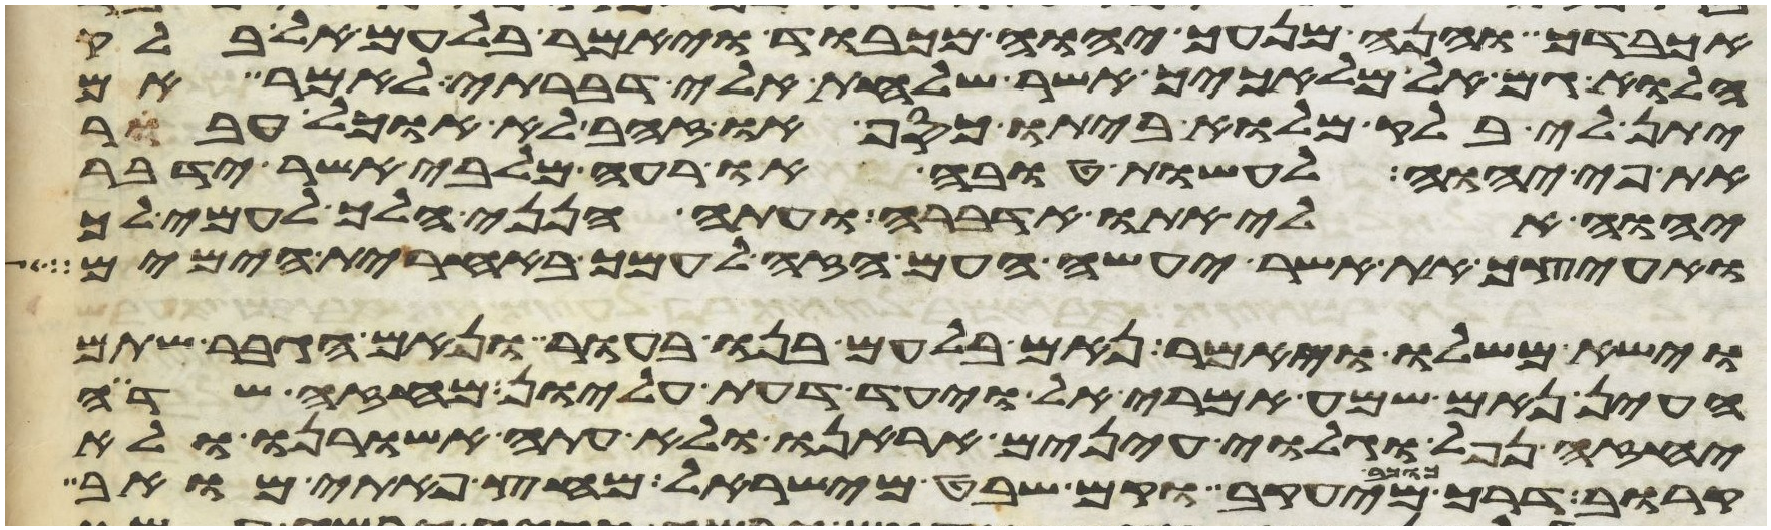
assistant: אכבדך והנה מנעך יהוה מכבוד ויאמר בלעם אל בלק
הלוא גם אל מלאכיך אשר שלחת אלי דברתי לאמר אם
יתן לי בלק מלוא ביתו כסף או זהב לא אוכל אעבר
את פי יהוה לעשות טובה או רעה מלבי אשר ידבר
יהוה אלי אתו אדברה ועתה הנני הלך לעמי לך
ואעיצך את אשר יעשה העם הזה לעמך באחרית הימים
וישא משלו ויאמר נאם בלעם בנו בעור ונאם הגבר שתם
העין נאם שמע אמרי אל וידע דעת עליון מחזה שדה
יחזה נפל וגלוי עינים אראנו ולא עתה אשורנו ולא
קרוב דרך כוכב מיעקב וקם שבט מישראל מחץ פתי מואב